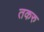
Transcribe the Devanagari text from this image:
तकरु